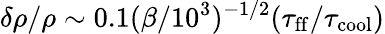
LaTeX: \delta\rho/\rho\sim 0.1(\beta/10^{3})^{-1/2}(\tau_{\mathrm{ff}}/\tau_{\mathrm{cool}})